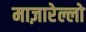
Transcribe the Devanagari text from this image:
माज़ारेल्लो